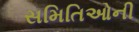
સમિતિઓની